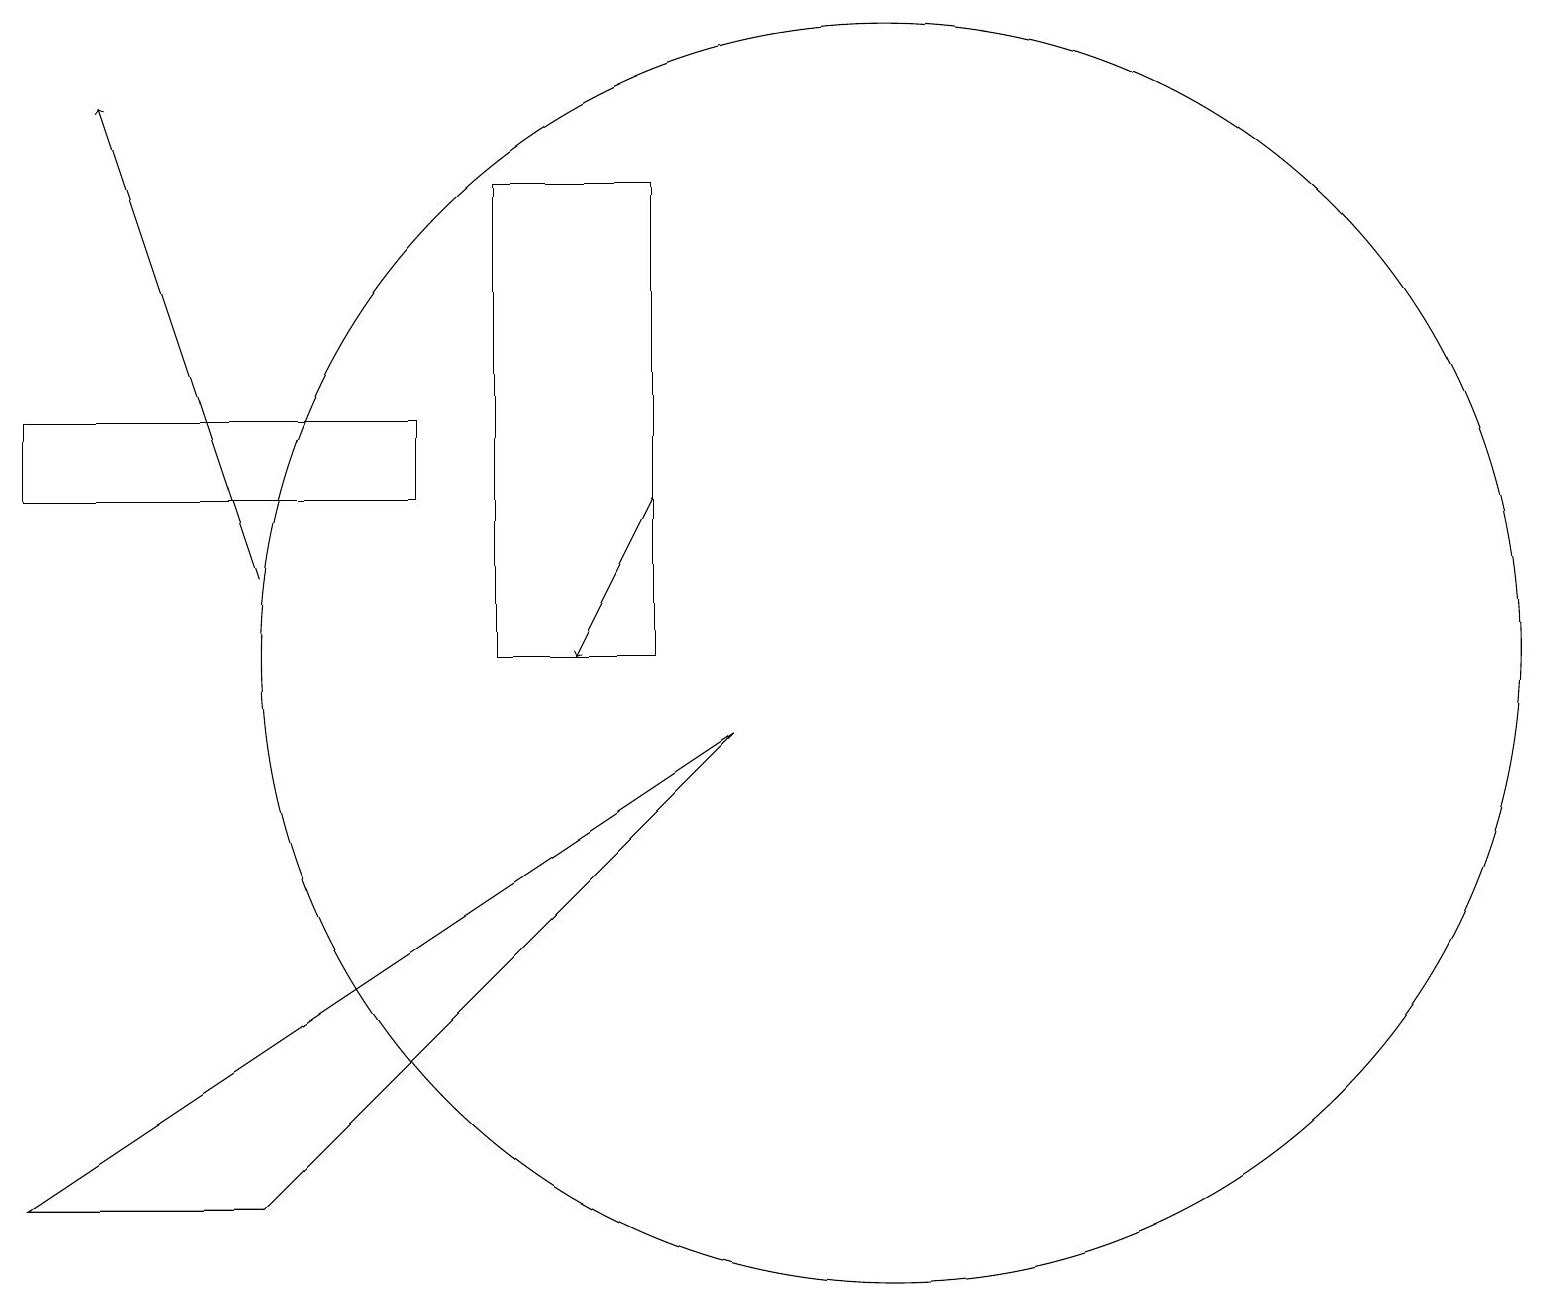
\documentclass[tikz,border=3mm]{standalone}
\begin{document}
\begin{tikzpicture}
\draw[->] (3,11) -- (1,17);
\draw[->] (8,12) -- (7,10);
\draw (3,3) -- (0,3) -- (9,9) -- cycle;
\draw (8,16) rectangle (6,10);
\draw (5,12) rectangle (0,13);
\draw (11,10) circle (8);
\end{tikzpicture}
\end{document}